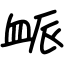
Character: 衇